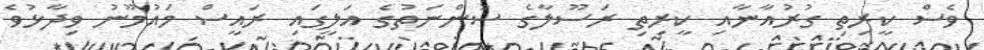
ވެސް ކީރިތި ގުރުއާނާއި ކީރިތި ރަސޫލާގެ ސުންނަތުގެ އަލީގައި ރައީސް މައުމޫނު ވިދާޅުވެ